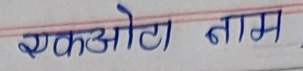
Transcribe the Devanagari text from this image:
एकओटा नाम